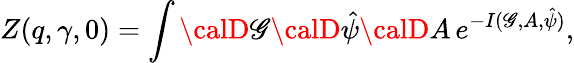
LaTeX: Z(q,\gamma,0)=\int{\calD}\mathscr{G}{\calD}{\hat{{\psi}}}{\calD}A\, e^{-I(\mathscr{G},A,{\hat{{\psi}}})},